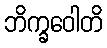
ဘိက္ခဝေါတိ